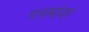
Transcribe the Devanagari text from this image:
रानमांजरं